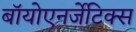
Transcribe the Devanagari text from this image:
बॉयोएनर्जेटिक्स